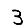
Digit: 3